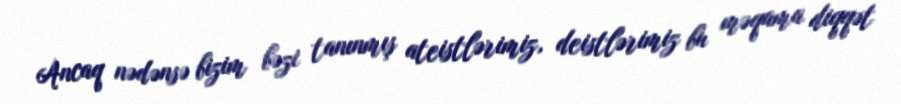
Ancaq nədənsə bizim bəzi tanınmış ateistlərimiz, deistlərimiz bu məqama diqqət